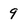
Character: 9